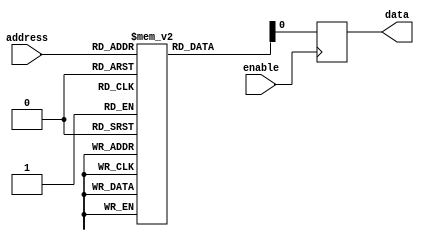
module anti_fuse_rom (
    input wire [7:0] address,
    input wire enable,
    output reg data
);

reg [7:0] memory [0:255]; // 256 memory cells with 8 bits each

always @ (posedge enable) begin
    data <= memory[address];
end

// Additional code for blowing anti-fuses and programming circuitry

endmodule